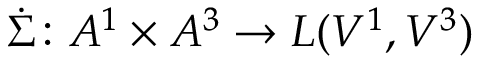
\Dot { \Sigma } \colon A ^ { 1 } \times A ^ { 3 } \to L ( V ^ { 1 } , V ^ { 3 } )